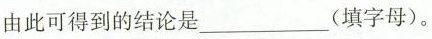
由此可得到的结论是___(填字母)。